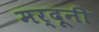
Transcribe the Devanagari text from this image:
मर्दूनी